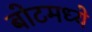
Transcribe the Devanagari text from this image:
बोटमध्ये